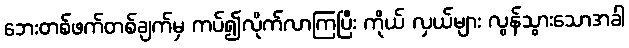
ဘေးတစ်ဖက်တစ်ချက်မှ ကပ်၍လိုက်လာကြပြီး ကိုယ် လှယ်များ လွန်သွားသောအခါ